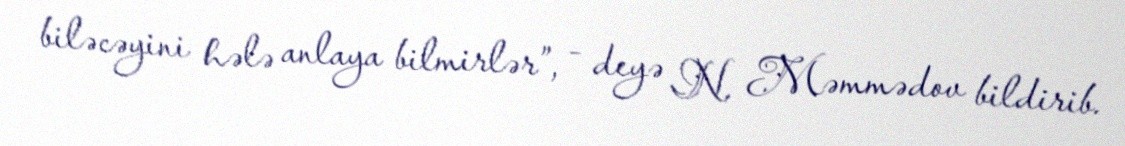
biləcəyini hələ anlaya bilmirlər”, - deyə N. Məmmədov bildirib.